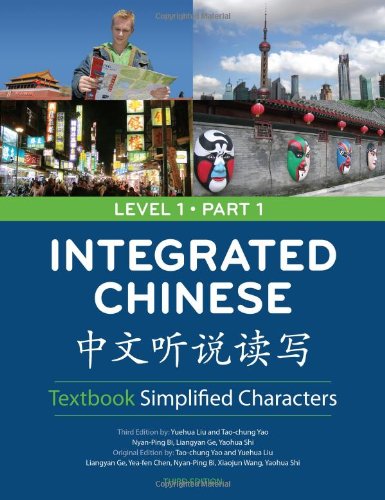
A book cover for Integrated Chinese: Simplified Characters Textbook, Level 1, Part 1; Yuehua Liu; Reference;